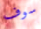
سوف